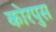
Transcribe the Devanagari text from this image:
कोरपुस